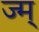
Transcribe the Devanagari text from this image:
ज्म्